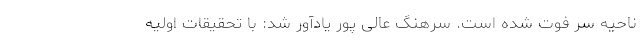
ناحیه سر فوت شده است. سرهنگ عالی پور یادآور شد: با تحقیقات اولیه